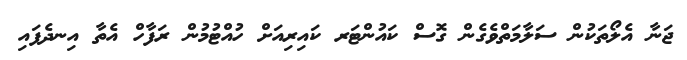
ޖަނާ އެލޯތަކުން ސަލާމަތްވެގެން ގޮސް ކައުންޓަރ ކައިރިއަށް ހުއްޓުމުން ރަފާހް އެތާ އިނދެފައި